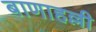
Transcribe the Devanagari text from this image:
बाणाहल्ली